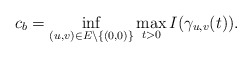
\begin{align*}c_{b}=\mathop{\inf}\limits_{(u,v)\in E\setminus\{(0,0)\}}\mathop{\max}\limits_{t>0}I(\gamma_{u,v}(t)).\end{align*}